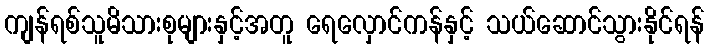
ကျန်ရစ်သူမိသားစုများနှင့်အတူ ရေလှောင်ကန်နှင့် သယ်ဆောင်သွားနိုင်ရန်